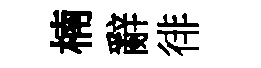
楠辭徘